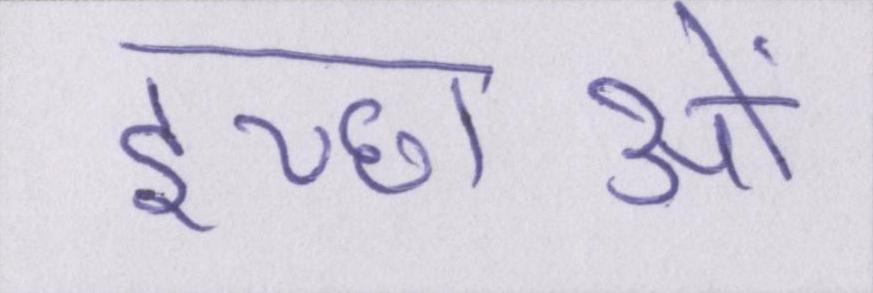
इच्छाओं